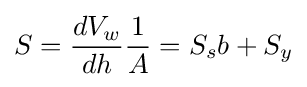
S={\frac {dV_{w}}{dh}}{\frac {1}{A}}=S_{s}b+S_{y}